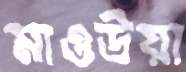
মাওউয়া